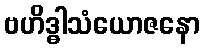
ဗဟိဒ္ဓါသံယောဇနော